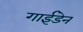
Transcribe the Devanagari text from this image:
गाईडेन